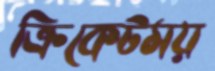
ক্রিকেটময়